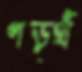
ণড়্থঁ